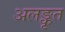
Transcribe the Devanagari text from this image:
अलङ्कृत